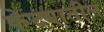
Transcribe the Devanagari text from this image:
फेट्यातील